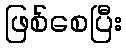
ဖြစ်စေပြီး